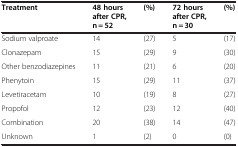
<table><thead><tr><td><b>Treatment</b></td><td><b>48 hours after CPR, n = 52</b></td><td><b>(%)</b></td><td><b>72 hours after CPR, n = 30</b></td><td><b>(%)</b></td></tr></thead><tbody><tr><td>Sodium valproate</td><td>14</td><td>(27)</td><td>5</td><td>(17)</td></tr><tr><td>Clonazepam</td><td>15</td><td>(29)</td><td>9</td><td>(30)</td></tr><tr><td>Other benzodiazepines</td><td>11</td><td>(21)</td><td>6</td><td>(20)</td></tr><tr><td>Phenytoin</td><td>15</td><td>(29)</td><td>11</td><td>(37)</td></tr><tr><td>Levetiracetam</td><td>10</td><td>(19)</td><td>8</td><td>(27)</td></tr><tr><td>Propofol</td><td>12</td><td>(23)</td><td>12</td><td>(40)</td></tr><tr><td>Combination</td><td>20</td><td>(38)</td><td>14</td><td>(47)</td></tr><tr><td>Unknown</td><td>1</td><td>(2)</td><td>0</td><td>(0)</td></tr></tbody></table>